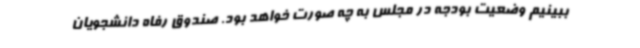
ببینیم وضعیت بودجه در مجلس به چه صورت خواهد بود. صندوق رفاه دانشجویان